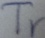
Text: Tr